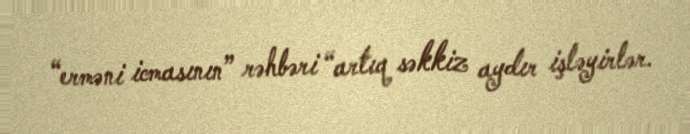
“erməni icmasının” rəhbəri “artıq səkkiz aydır işləyirlər.